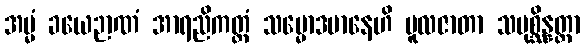
အမ္မံ ခယေဉာဏံ အာရညိကတ္တံ သမ္မောဒမာနေဟိ မူလဇာတာ သမုစ္ဆိန္နတ္တာ